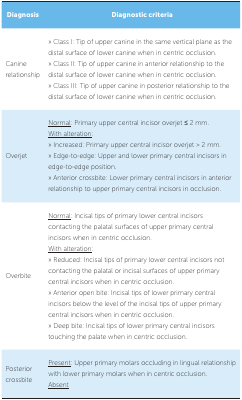
<table><thead><tr><td><b>Diagnosis </b></td><td><b>Diagnostic criteria</b></td></tr></thead><tbody><tr><td> Canine relationship</td><td> » Class I: Tip of upper canine in the samevertical plane as the distal surface of lower canine when in centricocclusion. » Class II: Tip of upper canine in anteriorrelationship to the distal surface of lower canine when in centricocclusion. » Class III: Tip of upper canine in posteriorrelationship to the distal surface of lower canine when in centricocclusion.</td></tr><tr><td> Overjet</td><td><underline>Normal</underline>: Primary upper central incisor overjet ≤2 mm.<underline>With alteration</underline>: » Increased: Primaryupper central incisor overjet &gt; 2 mm. » Edge-to-edge: Upperand lower primary central incisors in edge-to-edge position. »Anterior crossbite: Lower primary central incisors in anteriorrelationship to upper primary central incisors in occlusion.</td></tr><tr><td> Overbite</td><td><underline>Normal</underline>: Incisal tips of primary lower centralincisors contacting the palatal surfaces of upper primary centralincisors when in centric occlusion.<underline>With alteration</underline>: » Reduced: Incisaltips of primary lower central incisors not contacting the palatal orincisal surfaces of upper primary central incisors when in centricocclusion. » Anterior open bite: Incisal tips of lower primarycentral incisors below the level of the incisal tips of upper primarycentral incisors when in centric occlusion. » Deep bite:Incisal tips of lower primary central incisors touching the palatewhen in centric occlusion.</td></tr><tr><td> Posterior crossbite </td><td><underline>Present</underline>: Upper primary molars occluding inlingual relationship with lower primary molars when in centric occlusion.<underline>Absent</underline></td></tr></tbody></table>